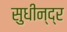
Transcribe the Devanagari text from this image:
सुधीन्द्र